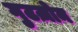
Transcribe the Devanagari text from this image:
गुटज़ोन